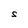
Character: S